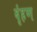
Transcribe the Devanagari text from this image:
वृंहण